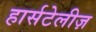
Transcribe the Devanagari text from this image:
हार्सटेलीज़